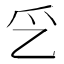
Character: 㐍